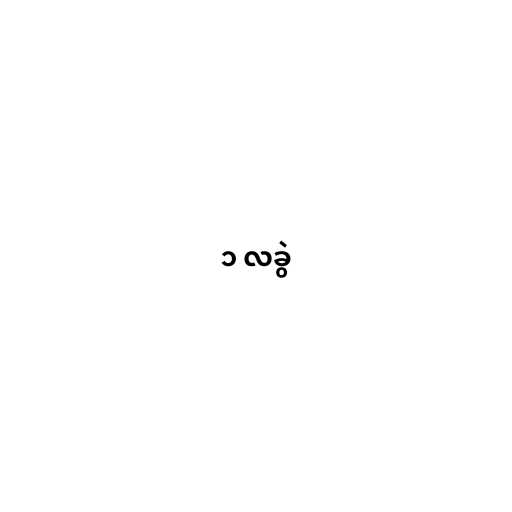
၁ လခွဲ